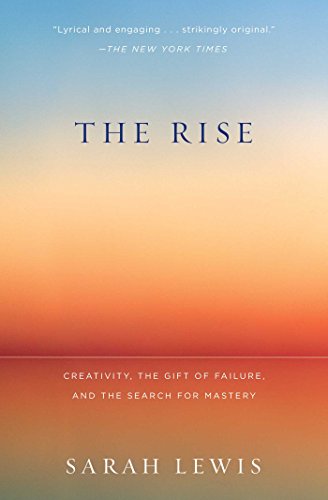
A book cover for The Rise: Creativity, the Gift of Failure, and the Search for Mastery; Sarah Lewis; Arts & Photography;